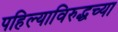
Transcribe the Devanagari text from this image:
पहिल्याविरुद्धच्या